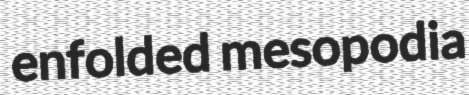
enfolded mesopodia